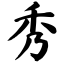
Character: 秀